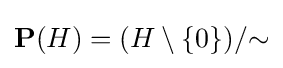
\mathbf {P} (H)=(H\setminus \{0\})/{\sim }